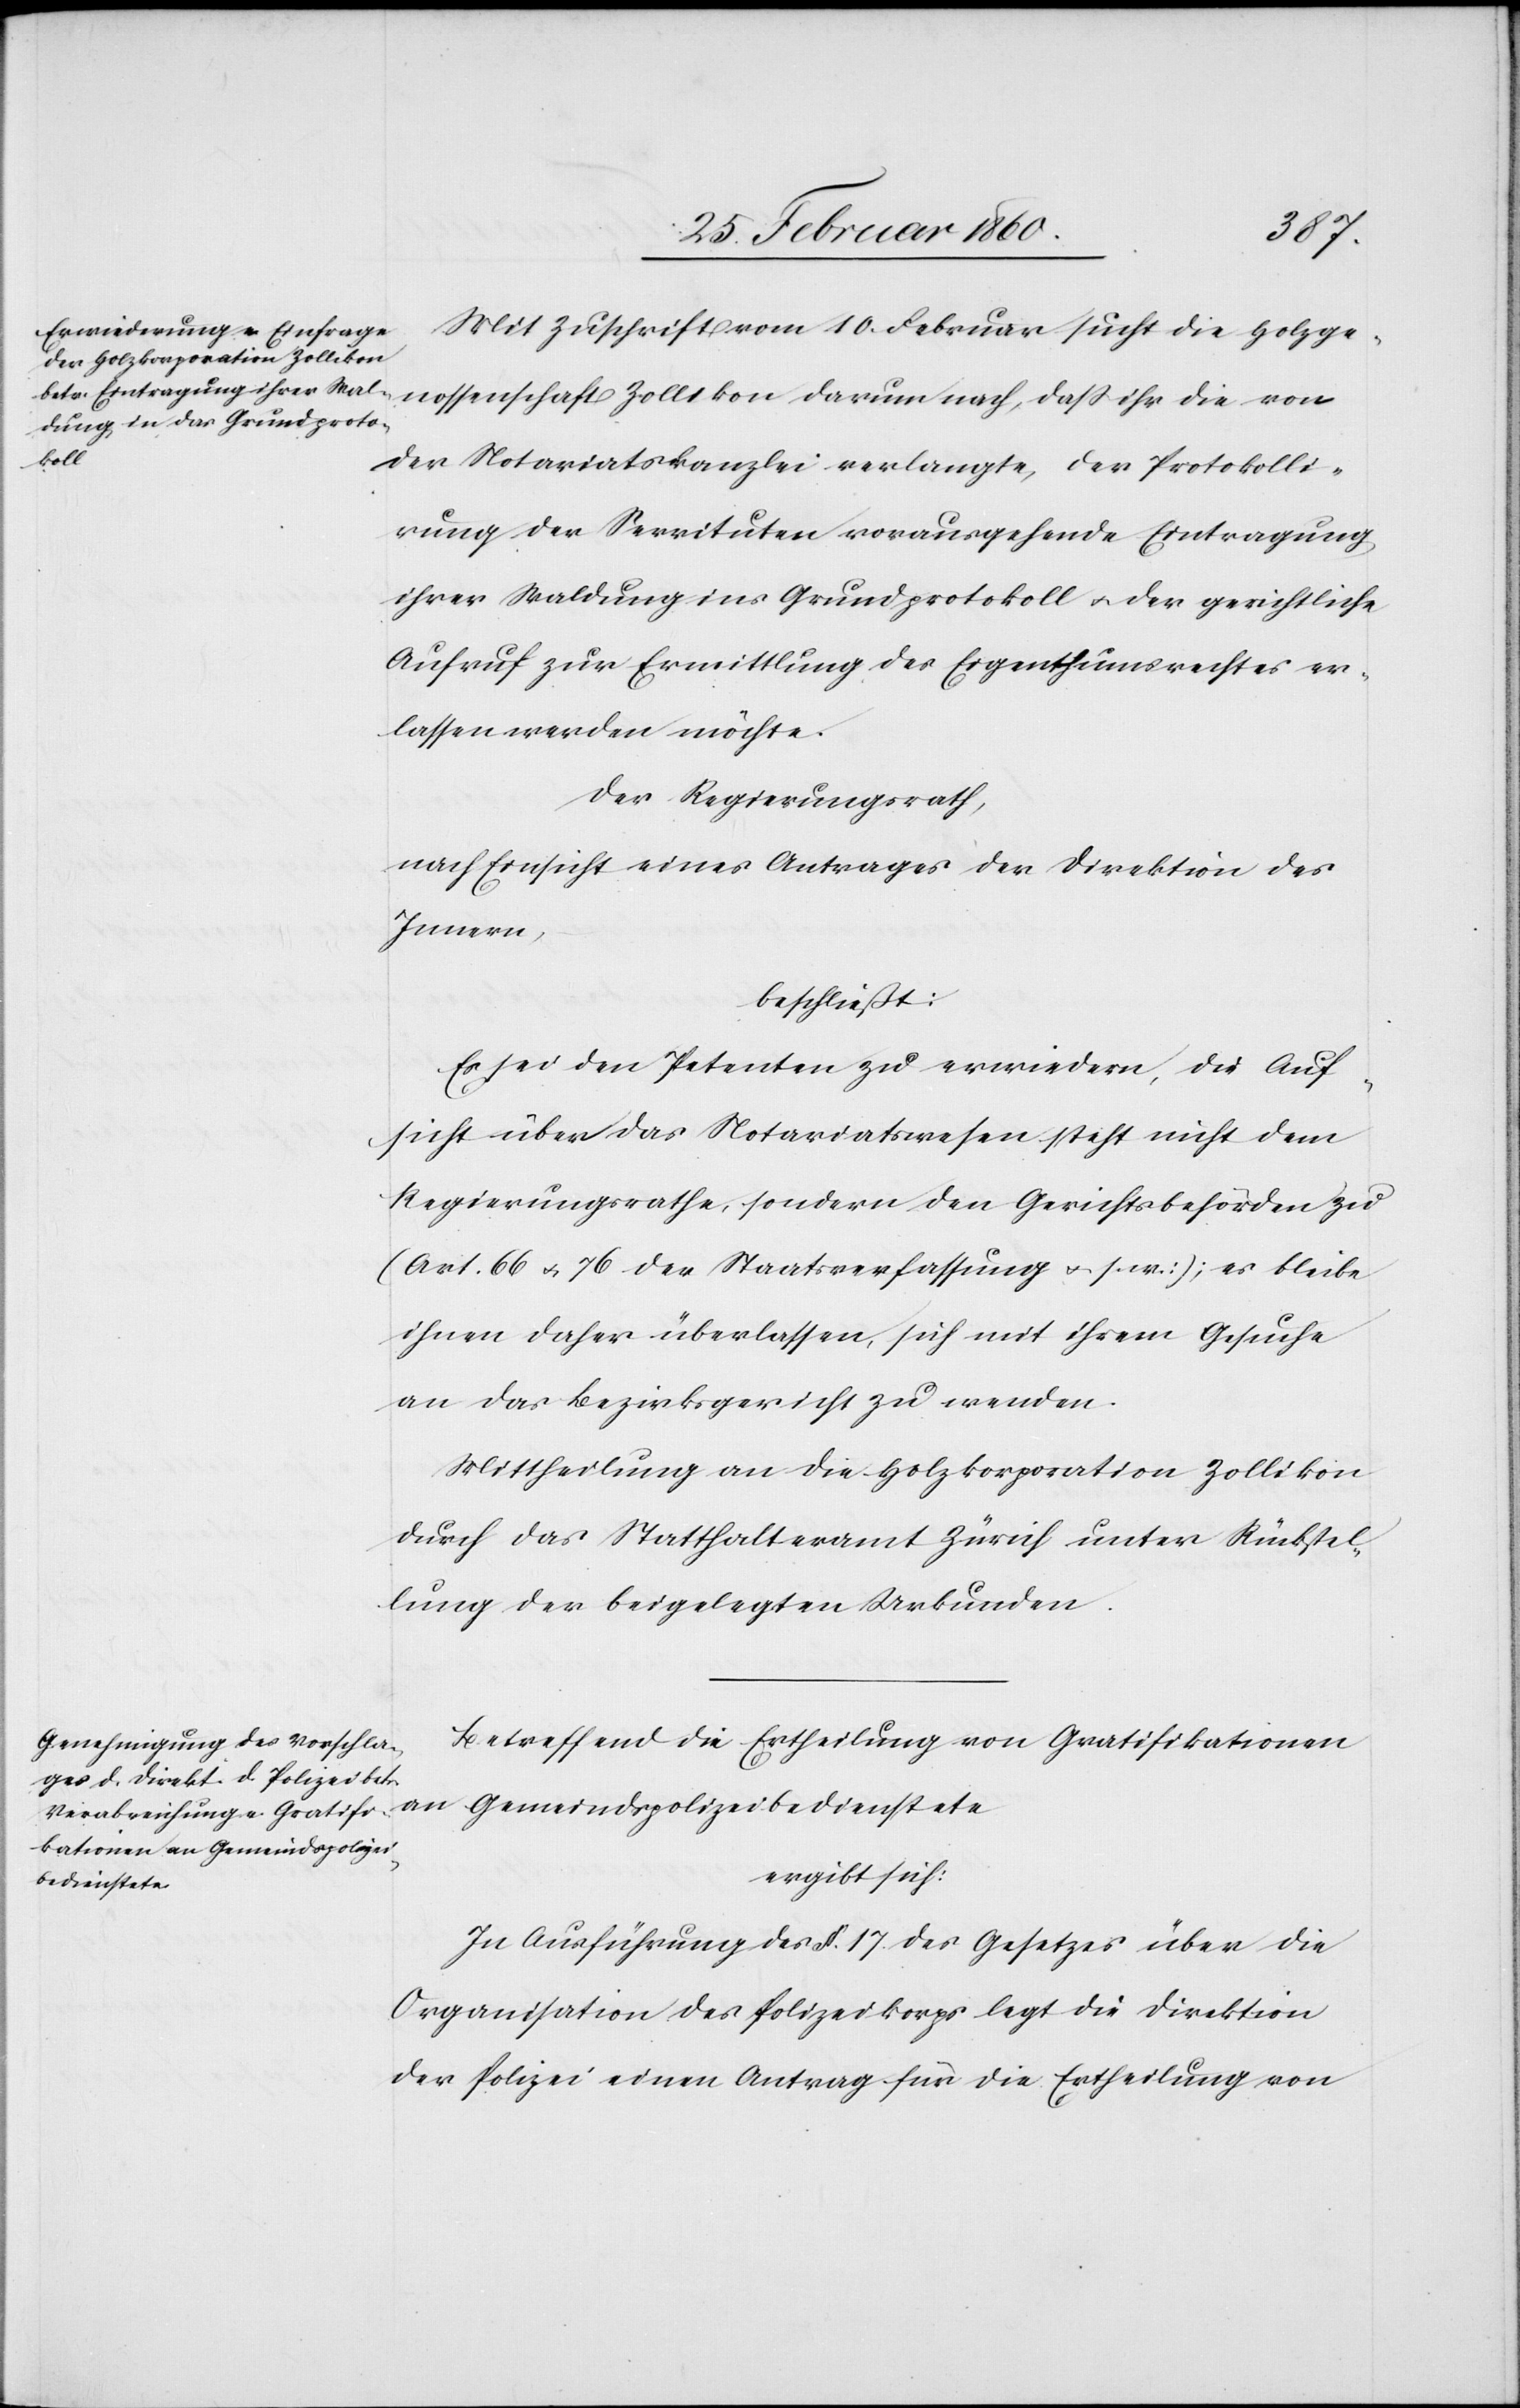
Mit Zuschrift vom 10. Februar sucht die Holzge¬
nossenschaft Zollikon darum nach, dass ihr die von
der Notariatskanzlei verlangte, der Protokolli¬
rung der Servituten vorangehende Eintragung
ihrer Waldung ins Grundprotokoll u. der gerichtliche
Aufruf zur Ermittlung des Eigenthumsrechtes er¬
lassen werden möchte.
Der Regierungsrath,
nach Einsicht eines Antrages der Direktion des
Innern,
beschließt:
Es sei den Peteten zu erwiedern, die Auf¬
sicht über das Notariatswesen steht nicht dem
Regierungsrathe, sondern den Gerichtsbehörden zu
(Art. 66 u. 76 der Staatsverfassung u. s. w.), es bleibe
ihnen daher überlassen, sich mit ihrem Gesuche
an das Bezirksgericht zu wenden.
Mittheilung an die Holzkorporation Zollikon
durch das Statthalteramt Zürich unter Rückstel¬
lung der beigelegten Urkunden.
Betreffend die Ertheilung von Gratifikationen
ergibt sich:
In Ausführung de §. 17 des Gesetzes über die
Organisation des Polizeikorps legt die Direktion
der Polizei einen Antrag für die Ertheilung von